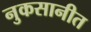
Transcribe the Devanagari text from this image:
नुकसानीत